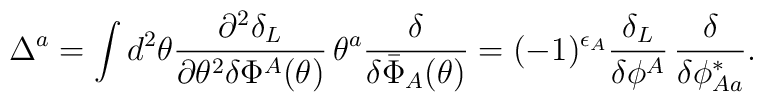
\Delta^a = \int d^2 \theta \frac{\partial^2 \delta_L}{\partial \theta^2 \delta \Phi^A(\theta)} \,\theta^a \frac{\delta}{\delta \bar{\Phi}_A(\theta)} = (-1)^{\epsilon_A} \frac{\delta_L}{ \delta \phi^A} \, \frac{\delta}{ \delta \phi_{A a}^*}.